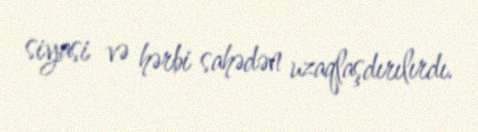
siyasi və hərbi sahədən uzaqlaşdırılırdı.